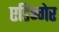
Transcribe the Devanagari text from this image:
एडिन्गेर